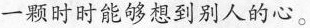
一颗时时能够想到别人的心。